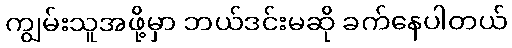
ကျွမ်းသူအဖို့မှာ ဘယ်ဒင်းမဆို ခက်နေပါတယ်